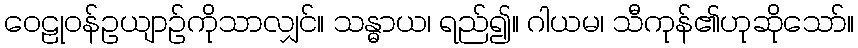
ဝေဠုဝန်ဥယျာဉ်ကိုသာလျှင်။ သန္ဓာယ၊ ရည်၍။ ဂါယမ၊ သီကုန်၏ဟုဆိုသော်။